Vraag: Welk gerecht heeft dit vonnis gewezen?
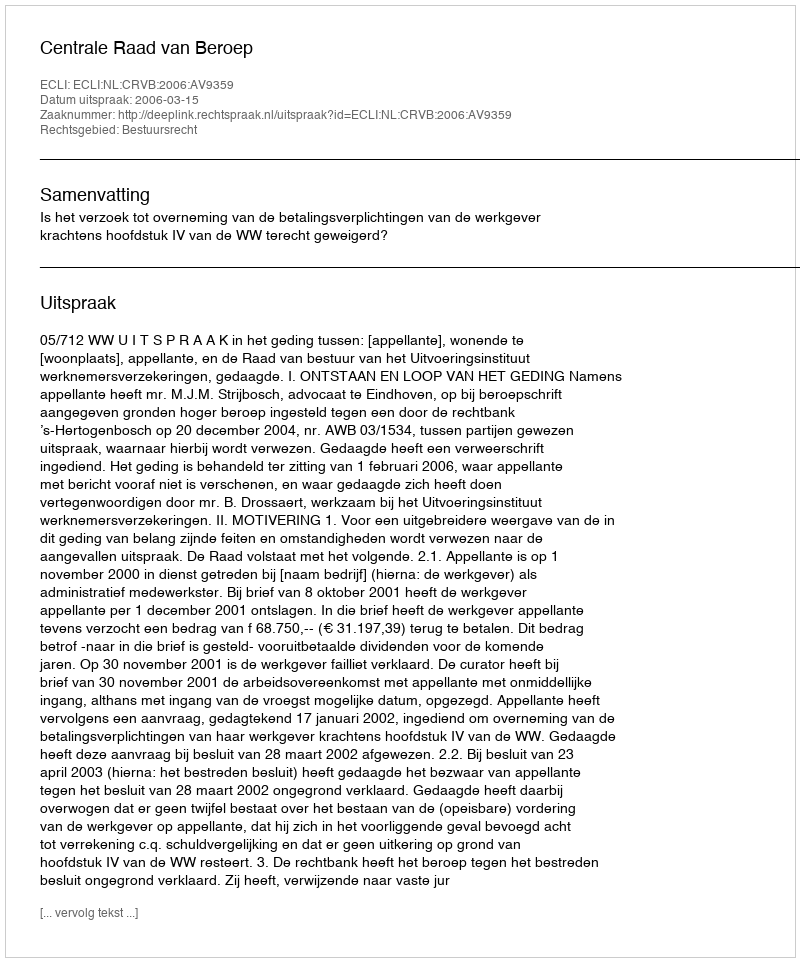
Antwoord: Centrale Raad van Beroep